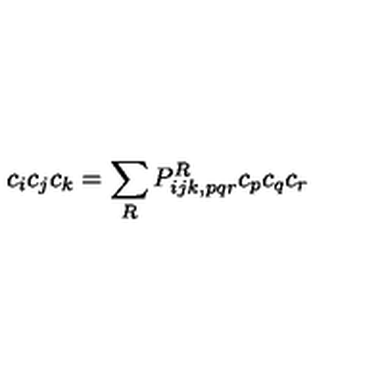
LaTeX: c _ { i } c _ { j } c _ { k } = \sum _ { R } P _ { i j k , p q r } ^ { R } c _ { p } c _ { q } c _ { r }